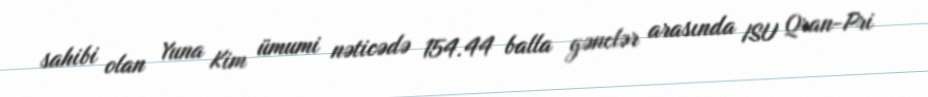
sahibi olan Yuna Kim ümumi nəticədə 154.44 balla gənclər arasında ISU Qran-Pri